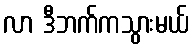
လာ ဒီဘက်ကသွားမယ်